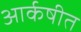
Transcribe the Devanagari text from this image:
आर्कषीत